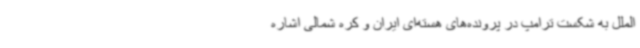
‌الملل به شکست ترامپ در پرونده‌های هسته‌ای ایران و کره شمالی اشاره